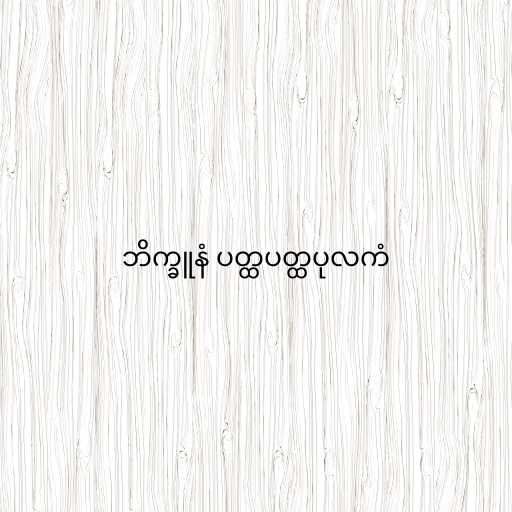
ဘိက္ခူနံ ပတ္ထပတ္ထပုလကံ